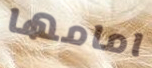
امامها